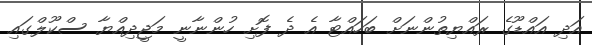
އަދި އައްޑޫގެ ރައްޔިތުންނަށް ބަހައްޓާ އެ ދެ ފޮށި ހުންނާނީ މަޖީދިއްޔާ ސްކޫލްގައި